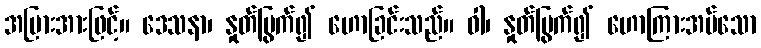
အပြားအားဖြင့်။ ဒေသနာ၊ နှုတ်မြွက်၍ ဟောခြင်းသည်။ ဝါ၊ နှုတ်မြွက်၍ ဟောကြားအပ်သော